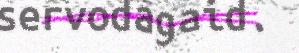
servodagaid.